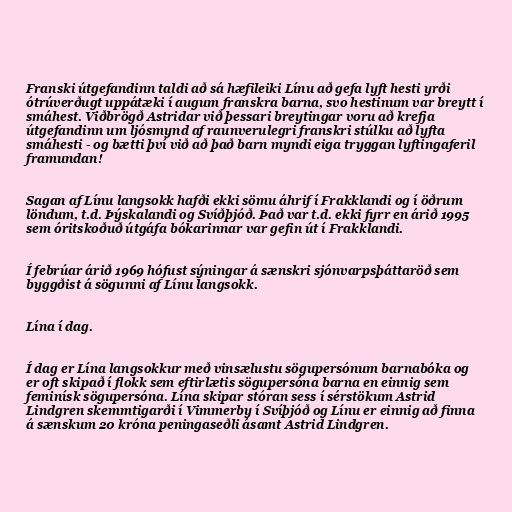
Franski útgefandinn taldi að sá hæfileiki Línu að gefa lyft hesti yrði
ótrúverðugt uppátæki í augum franskra barna, svo hestinum var breytt í
smáhest. Viðbrögð Astridar við þessari breytingar voru að krefja
útgefandinn um ljósmynd af raunverulegri franskri stúlku að lyfta
smáhesti - og bætti því við að það barn myndi eiga tryggan lyftingaferil
framundan!

Sagan af Línu langsokk hafði ekki sömu áhrif í Frakklandi og í öðrum
löndum, t.d. Þýskalandi og Svíðþjóð. Það var t.d. ekki fyrr en árið 1995
sem óritskoðuð útgáfa bókarinnar var gefin út í Frakklandi.

Í febrúar árið 1969 hófust sýningar á sænskri sjónvarpsþáttaröð sem
byggðist á sögunni af Línu langsokk.

Lína í dag.

Í dag er Lína langsokkur með vinsælustu sögupersónum barnabóka og
er oft skipað í flokk sem eftirlætis sögupersóna barna en einnig sem
feminísk sögupersóna. Lína skipar stóran sess í sérstökum Astrid
Lindgren skemmtigarði í Vimmerby í Svíþjóð og Línu er einnig að finna
á sænskum 20 króna peningaseðli ásamt Astrid Lindgren.